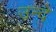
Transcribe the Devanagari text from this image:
उन्दे